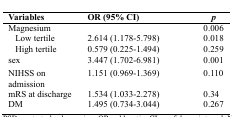
| Variables | OR (95% CI) | p |
 | --- | --- | --- |
 | Magnesium |  | 0.006 |
 | Low tertile | 2.614 (1.178-5.798) | 0.018 |
 | High tertile | 0.579 (0.225-1.494) | 0.259 |
 | sex | 3.447 (1.702-6.981) | 0.001 |
 | NIHSS on admission | 1.151 (0.969-1.369) | 0.110 |
 | mRS at discharge | 1.534 (1.033-2.278) | 0.34 |
 | DM | 1.495 (0.734-3.044) | 0.267 |